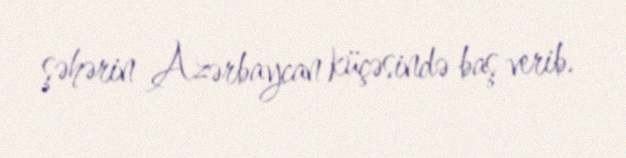
şəhərin Azərbaycan küçəsində baş verib.